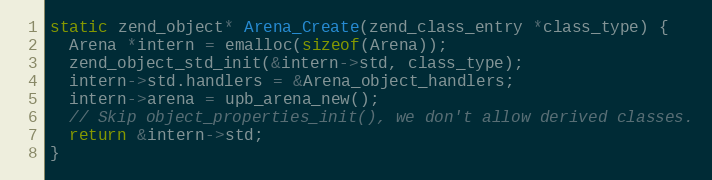
Language: C
static zend_object* Arena_Create(zend_class_entry *class_type) {
  Arena *intern = emalloc(sizeof(Arena));
  zend_object_std_init(&intern->std, class_type);
  intern->std.handlers = &Arena_object_handlers;
  intern->arena = upb_arena_new();
  // Skip object_properties_init(), we don't allow derived classes.
  return &intern->std;
}